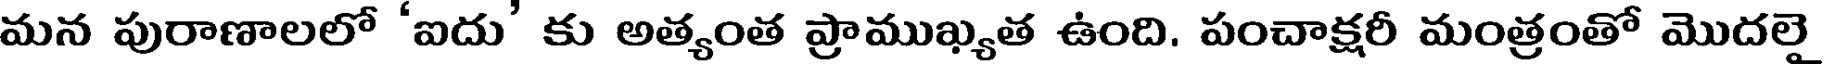
మన పురాణాలలో 'ఐదు' కు అత్యంత ప్రాముఖ్యత ఉంది. పంచాక్షరీ మంత్రంతో మొదలై